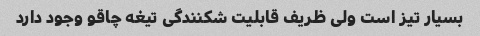
بسیار تیز است ولی ظریف قابلیت شکنندگی تیغه چاقو وجود دارد